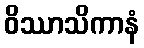
ဝိဿာသိကာနံ